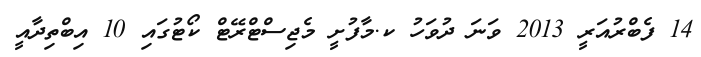
14 ފެބްރުއަރީ 2013 ވަނަ ދުވަހު ކ.މާފުށީ މެޖިސްޓްރޭޓް ކޯޓުގައި 10 އިބްތިދާއީ